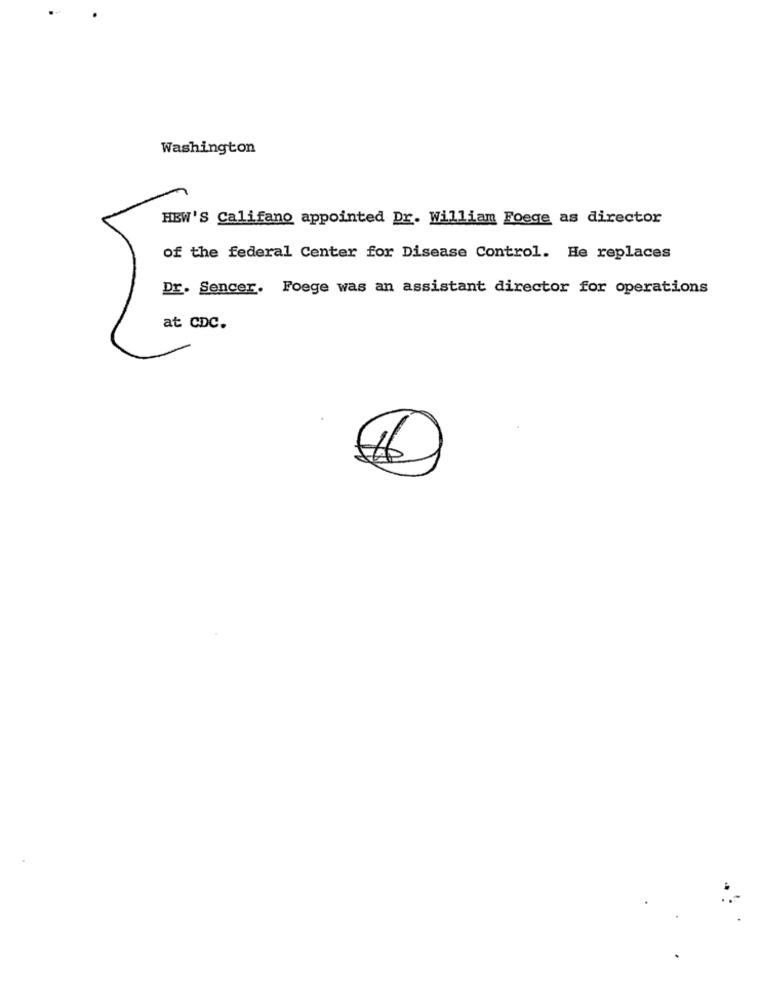
Washington
HEW'S Califano appointed Dr. William Foege as director
of the federal Center for Disease Control. He replaces
Dr. Sencer. Foege was an assistant director for operations
at CDC.